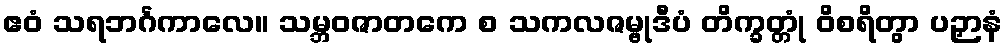
ဧဝံ သရဘင်္ဂကာလေ။ သမ္ဘဝဇာတကေ စ သကလဇမ္ဗုဒီပံ တိက္ခတ္တုံ ဝိစရိတွာ ပဉှာနံ